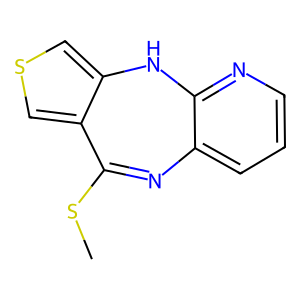
SMILES: CSC1=Nc2cccnc2Nc2cscc21
Inhibits HIV replication: No